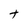
Character: t